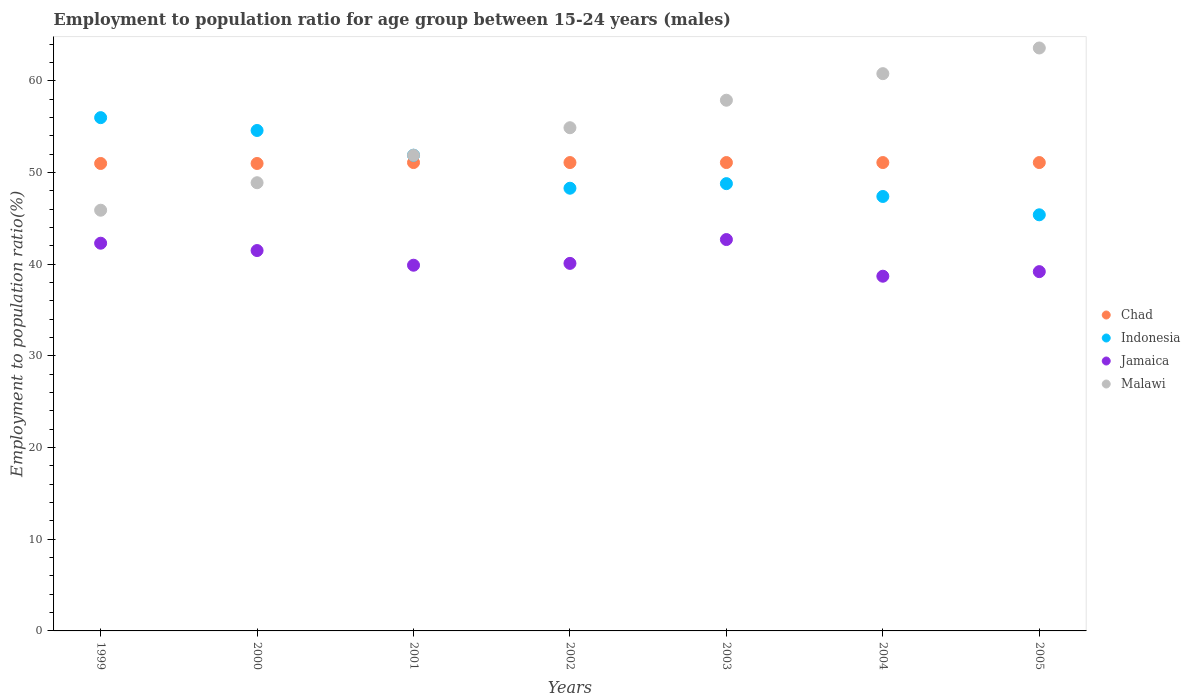
| Years | Chad | Indonesia | Jamaica | Malawi |
 | --- | --- | --- | --- | --- |
 | 1999 | 51 | 56 | 42.3 | 45.9 |
 | 2000 | 51 | 54.6 | 41.5 | 48.9 |
 | 2001 | 51.1 | 51.9 | 39.9 | 51.9 |
 | 2002 | 51.1 | 48.3 | 40.1 | 54.9 |
 | 2003 | 51.1 | 48.8 | 42.7 | 57.9 |
 | 2004 | 51.1 | 47.4 | 38.7 | 60.8 |
 | 2005 | 51.1 | 45.4 | 39.2 | 63.6 |